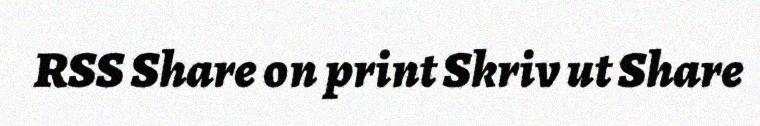
RSS Share on print Skriv ut Share